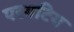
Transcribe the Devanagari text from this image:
परगटिय